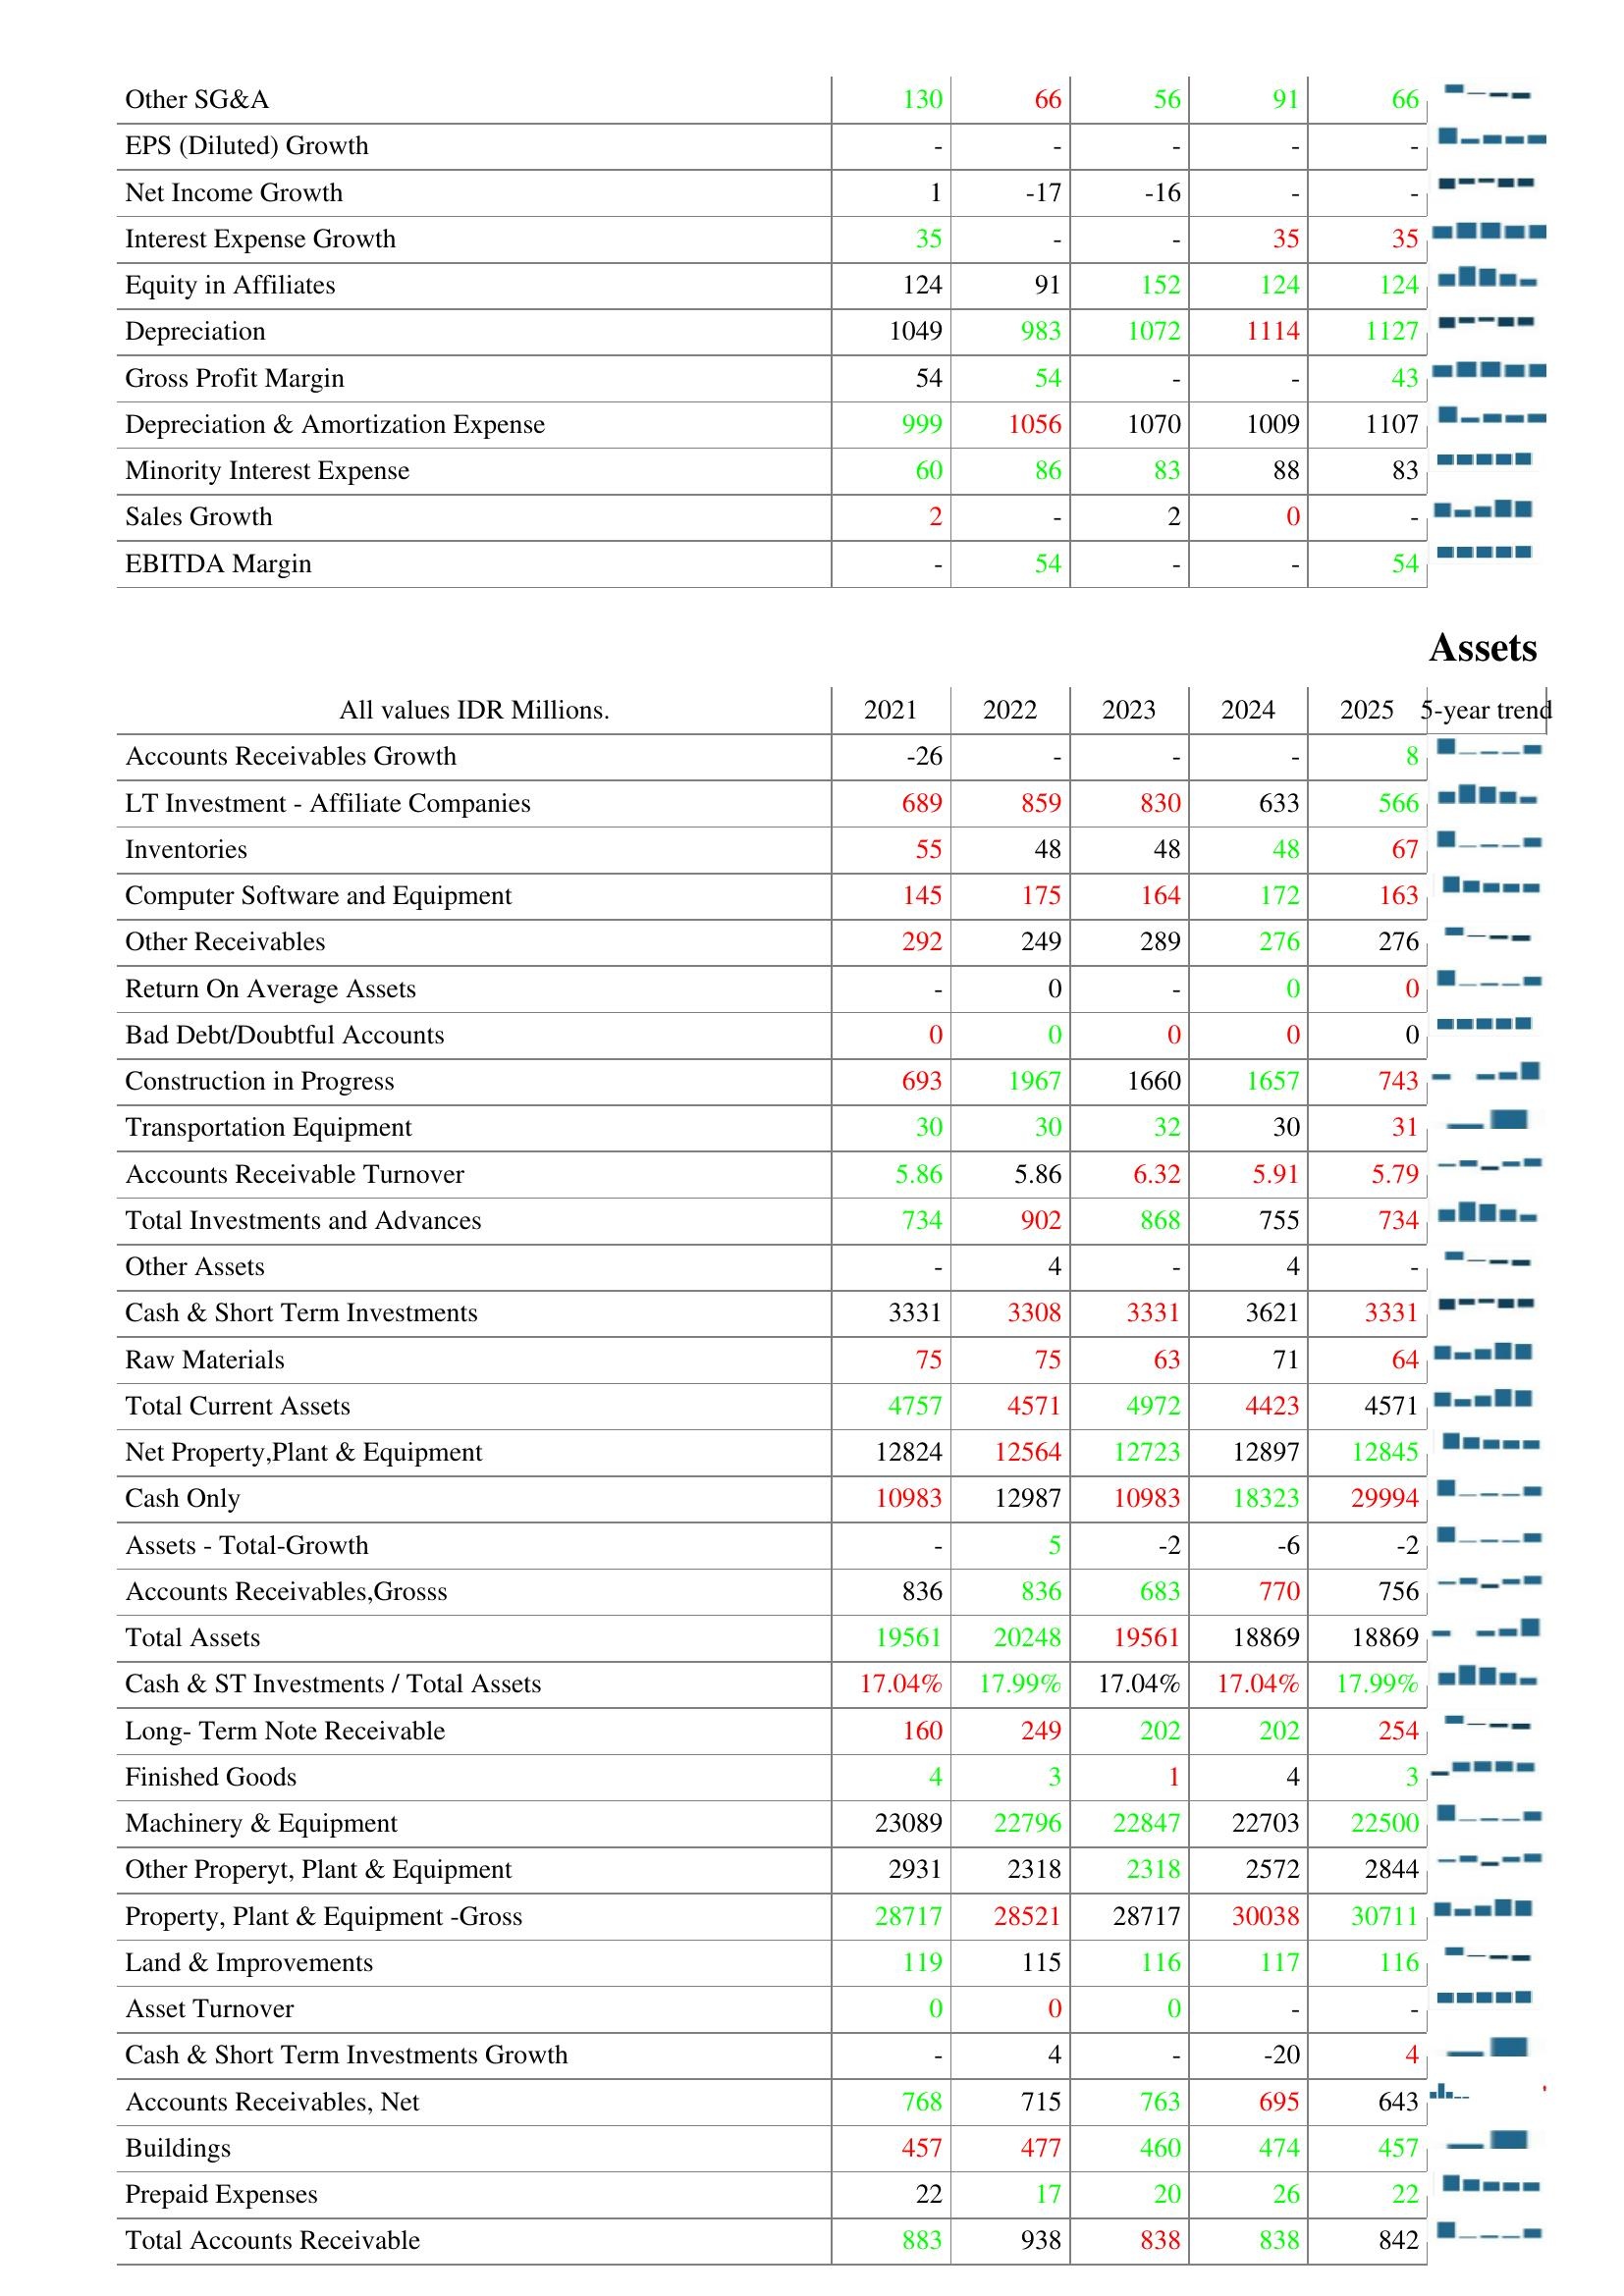
2021: : Other SG&A: 130
EPS (Diluted) Growth: -
Net Income Growth: 1
Interest Expense Growth: 35
Equity in Affiliates: 124
Depreciation: 1049
Gross Profit Margin: 54
Depreciation & Amortization Expense: 999
Minority Interest Expense: 60
Sales Growth: 2
EBITDA Margin: -
Assets: Accounts Receivables Growth: -26
LT Investment - Affiliate Companies: 689
Inventories: 55
Computer Software and Equipment: 145
Other Receivables: 292
Return On Average Assets: -
Bad Debt/Doubtful Accounts: 0
Construction in Progress: 693
Transportation Equipment: 30
Accounts Receivable Turnover: 5.86
Total Investments and Advances: 734
Other Assets: -
Cash & Short Term Investments: 3331
Raw Materials: 75
Total Current Assets: 4757
Net Property,Plant & Equipment: 12824
Cash Only: 10983
Assets - Total-Growth: -
Accounts Receivables,Grosss: 836
Total Assets: 19561
Cash & ST Investments / Total Assets: 17.04%
Long- Term Note Receivable: 160
Finished Goods: 4
Machinery & Equipment: 23089
Other Properyt, Plant & Equipment: 2931
Property, Plant & Equipment -Gross: 28717
Land & Improvements: 119
Asset Turnover: 0
Cash & Short Term Investments Growth: -
Accounts Receivables, Net: 768
Buildings: 457
Prepaid Expenses: 22
Total Accounts Receivable: 883
2022: : Other SG&A: 66
EPS (Diluted) Growth: -
Net Income Growth: -17
Interest Expense Growth: -
Equity in Affiliates: 91
Depreciation: 983
Gross Profit Margin: 54
Depreciation & Amortization Expense: 1056
Minority Interest Expense: 86
Sales Growth: -
EBITDA Margin: 54
Assets: Accounts Receivables Growth: -
LT Investment - Affiliate Companies: 859
Inventories: 48
Computer Software and Equipment: 175
Other Receivables: 249
Return On Average Assets: 0
Bad Debt/Doubtful Accounts: 0
Construction in Progress: 1967
Transportation Equipment: 30
Accounts Receivable Turnover: 5.86
Total Investments and Advances: 902
Other Assets: 4
Cash & Short Term Investments: 3308
Raw Materials: 75
Total Current Assets: 4571
Net Property,Plant & Equipment: 12564
Cash Only: 12987
Assets - Total-Growth: 5
Accounts Receivables,Grosss: 836
Total Assets: 20248
Cash & ST Investments / Total Assets: 17.99%
Long- Term Note Receivable: 249
Finished Goods: 3
Machinery & Equipment: 22796
Other Properyt, Plant & Equipment: 2318
Property, Plant & Equipment -Gross: 28521
Land & Improvements: 115
Asset Turnover: 0
Cash & Short Term Investments Growth: 4
Accounts Receivables, Net: 715
Buildings: 477
Prepaid Expenses: 17
Total Accounts Receivable: 938
2023: : Other SG&A: 56
EPS (Diluted) Growth: -
Net Income Growth: -16
Interest Expense Growth: -
Equity in Affiliates: 152
Depreciation: 1072
Gross Profit Margin: -
Depreciation & Amortization Expense: 1070
Minority Interest Expense: 83
Sales Growth: 2
EBITDA Margin: -
Assets: Accounts Receivables Growth: -
LT Investment - Affiliate Companies: 830
Inventories: 48
Computer Software and Equipment: 164
Other Receivables: 289
Return On Average Assets: -
Bad Debt/Doubtful Accounts: 0
Construction in Progress: 1660
Transportation Equipment: 32
Accounts Receivable Turnover: 6.32
Total Investments and Advances: 868
Other Assets: -
Cash & Short Term Investments: 3331
Raw Materials: 63
Total Current Assets: 4972
Net Property,Plant & Equipment: 12723
Cash Only: 10983
Assets - Total-Growth: -2
Accounts Receivables,Grosss: 683
Total Assets: 19561
Cash & ST Investments / Total Assets: 17.04%
Long- Term Note Receivable: 202
Finished Goods: 1
Machinery & Equipment: 22847
Other Properyt, Plant & Equipment: 2318
Property, Plant & Equipment -Gross: 28717
Land & Improvements: 116
Asset Turnover: 0
Cash & Short Term Investments Growth: -
Accounts Receivables, Net: 763
Buildings: 460
Prepaid Expenses: 20
Total Accounts Receivable: 838
2024: : Other SG&A: 91
EPS (Diluted) Growth: -
Net Income Growth: -
Interest Expense Growth: 35
Equity in Affiliates: 124
Depreciation: 1114
Gross Profit Margin: -
Depreciation & Amortization Expense: 1009
Minority Interest Expense: 88
Sales Growth: 0
EBITDA Margin: -
Assets: Accounts Receivables Growth: -
LT Investment - Affiliate Companies: 633
Inventories: 48
Computer Software and Equipment: 172
Other Receivables: 276
Return On Average Assets: 0
Bad Debt/Doubtful Accounts: 0
Construction in Progress: 1657
Transportation Equipment: 30
Accounts Receivable Turnover: 5.91
Total Investments and Advances: 755
Other Assets: 4
Cash & Short Term Investments: 3621
Raw Materials: 71
Total Current Assets: 4423
Net Property,Plant & Equipment: 12897
Cash Only: 18323
Assets - Total-Growth: -6
Accounts Receivables,Grosss: 770
Total Assets: 18869
Cash & ST Investments / Total Assets: 17.04%
Long- Term Note Receivable: 202
Finished Goods: 4
Machinery & Equipment: 22703
Other Properyt, Plant & Equipment: 2572
Property, Plant & Equipment -Gross: 30038
Land & Improvements: 117
Asset Turnover: -
Cash & Short Term Investments Growth: -20
Accounts Receivables, Net: 695
Buildings: 474
Prepaid Expenses: 26
Total Accounts Receivable: 838
2025: : Other SG&A: 66
EPS (Diluted) Growth: -
Net Income Growth: -
Interest Expense Growth: 35
Equity in Affiliates: 124
Depreciation: 1127
Gross Profit Margin: 43
Depreciation & Amortization Expense: 1107
Minority Interest Expense: 83
Sales Growth: -
EBITDA Margin: 54
Assets: Accounts Receivables Growth: 8
LT Investment - Affiliate Companies: 566
Inventories: 67
Computer Software and Equipment: 163
Other Receivables: 276
Return On Average Assets: 0
Bad Debt/Doubtful Accounts: 0
Construction in Progress: 743
Transportation Equipment: 31
Accounts Receivable Turnover: 5.79
Total Investments and Advances: 734
Other Assets: -
Cash & Short Term Investments: 3331
Raw Materials: 64
Total Current Assets: 4571
Net Property,Plant & Equipment: 12845
Cash Only: 29994
Assets - Total-Growth: -2
Accounts Receivables,Grosss: 756
Total Assets: 18869
Cash & ST Investments / Total Assets: 17.99%
Long- Term Note Receivable: 254
Finished Goods: 3
Machinery & Equipment: 22500
Other Properyt, Plant & Equipment: 2844
Property, Plant & Equipment -Gross: 30711
Land & Improvements: 116
Asset Turnover: -
Cash & Short Term Investments Growth: 4
Accounts Receivables, Net: 643
Buildings: 457
Prepaid Expenses: 22
Total Accounts Receivable: 842